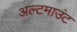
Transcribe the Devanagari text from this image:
अल्टमाउंट